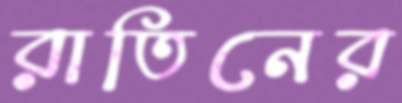
রাতিনের